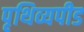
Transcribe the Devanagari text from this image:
पृथिव्यपीड